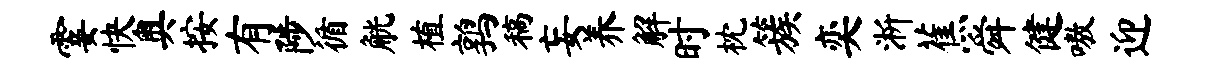
霎快奥按有陟循觥植鹑稿妄养解时枕簇奕淅蕉舜健嗷迎